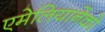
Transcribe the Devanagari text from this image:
एमेलियानेंको